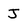
Character: J